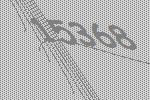
15368